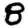
Digit: 8